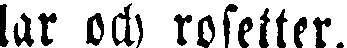
lar och rosetter.